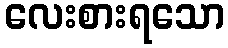
လေးစားရသော